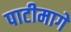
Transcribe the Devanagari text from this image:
पाटीमागे